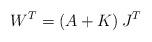
LaTeX: \begin{align*}W^T=\left(A+K\right)J^T\end{align*}